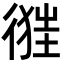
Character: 𢔷